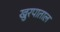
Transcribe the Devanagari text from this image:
खुरपाताल